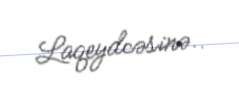
Laqeydcəsinə..